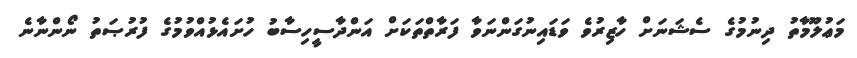
މަޢުލޫމާތު ދިނުމުގެ ސެޝަނަށް ހާޒިރުވެ ވަޑައިނުގަންނަވާ ފަރާތްތަކަށް އަންދާސީހިސާބު ހުށައެޅުއްވުމުގެ ފުރުޞަތު ނޯންނާނެ